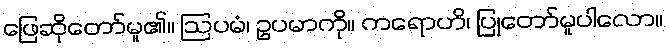
ဖြေဆိုတော်မူ၏။ ဩပမံ၊ ဥပမာကို။ ကရောဟိ၊ ပြုတော်မူပါလော။